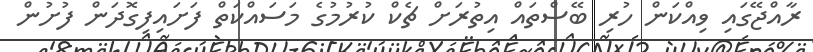
ރާއްޖޭގައި ވިއްކަން ހުރި ބޭސްތައް އިތުރަށް ޗެކް ކުރުމުގެ މަސައްކަތް ފަށައިފިގޮދަން ފުށުން